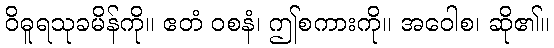
ဝိဓူရသုခမိန်ကို။ ဧတံ ဝစနံ၊ ဤစကားကို။ အဝေါစ၊ ဆို၏။